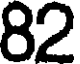
82